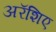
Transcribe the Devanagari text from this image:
अरॅशिए